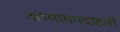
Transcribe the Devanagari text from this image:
अभ्यासपदाहती